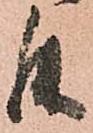
罷